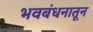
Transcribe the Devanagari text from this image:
भवबंधनातून